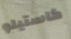
كاستيلو